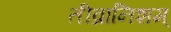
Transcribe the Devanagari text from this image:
तीव्रानिशम्‌